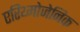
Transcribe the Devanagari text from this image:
एरिथ्मोजेनिक